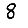
Digit: 8